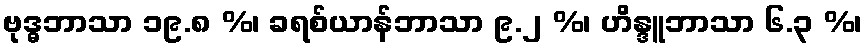
ဗုဒ္ဓဘာသာ ၁၉.၈ %၊ ခရစ်ယာန်ဘာသာ ၉.၂ %၊ ဟိန္ဒူဘာသာ ၆.၃ %၊